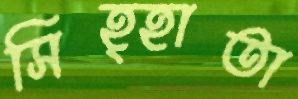
সিহ্হাতা